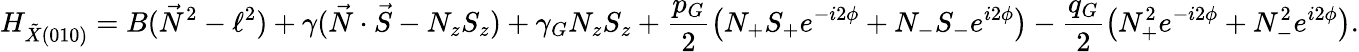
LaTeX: H_{\tilde{X}(010)}=B(\vec{N}^{2}-\ell^{2})+\gamma(\vec{N}\cdot\vec{S}-N_{z}S_{z})+\gamma_{G}N_{z}S_{z}+\frac{p_{G}}{2}\left(N_{+}S_{+}e^{-i2\phi}+N_{-}S_{-}e^{i2\phi}\right)-\frac{q_{G}}{2}\left(N_{+}^{2}e^{-i2\phi}+N_{-}^{2}e^{i2\phi}\right).